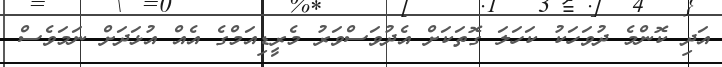
އަދި ކޮންމެ ދުވަހަކު ކަހަލަ ގޮތަކަށް އެދުވަސްވަރު މެރީޑިއަމްގެ އެއް އުޅަދަށް ނަމަވެސް